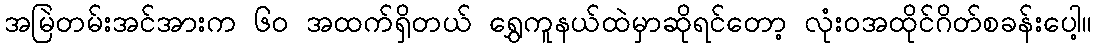
အမြဲတမ်းအင်အားက ၆၀ အထက်ရှိတယ် ရွှေကူနယ်ထဲမှာဆိုရင်တော့ လုံးဝအထိုင်ဂိတ်စခန်းပေါ့။